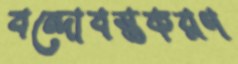
বন্দোবস্তকরণ